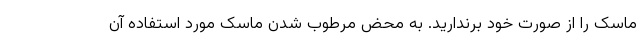
ماسک را از صورت خود برندارید. به محض مرطوب شدن ماسک مورد استفاده آن